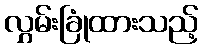
လွှမ်းခြုံထားသည့်